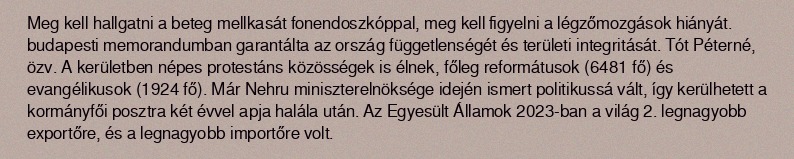
Meg kell hallgatni a beteg mellkasát fonendoszkóppal, meg kell figyelni a légzőmozgások hiányát. budapesti memorandumban garantálta az ország függetlenségét és területi integritását. Tót Péterné, özv. A kerületben népes protestáns közösségek is élnek, főleg reformátusok (6481 fő) és evangélikusok (1924 fő). Már Nehru miniszterelnöksége idején ismert politikussá vált, így kerülhetett a kormányfői posztra két évvel apja halála után. Az Egyesült Államok 2023-ban a világ 2. legnagyobb exportőre, és a legnagyobb importőre volt.